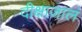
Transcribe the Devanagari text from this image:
दीक्षाजालं